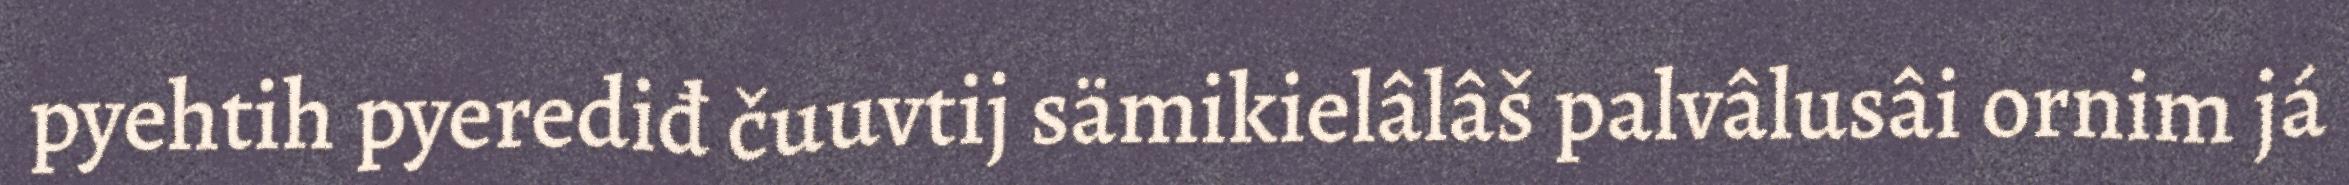
pyehtih pyerediđ čuuvtij sämikielâlâš palvâlusâi ornim já